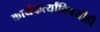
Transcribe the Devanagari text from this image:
कार्यकर्त्यांविषयीही